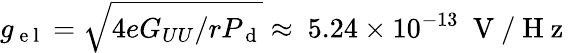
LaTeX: g_{\mathrm{~e~l~}}=\sqrt{4eG_{UU}/rP_{\mathrm{~d~}}}\approx~5.24\times 10^{-13}~\mathrm{~V~/~H~z~}